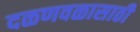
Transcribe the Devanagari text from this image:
दळणवळासाठी